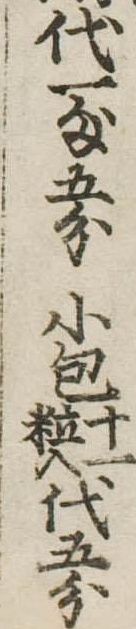
代一匁五分小包十一粒入代五分